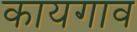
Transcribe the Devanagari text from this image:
कायगाव